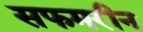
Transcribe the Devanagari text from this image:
सफमरीन